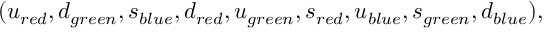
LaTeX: ( u _ { r e d } , d _ { g r e e n } , s _ { b l u e } , d _ { r e d } , u _ { g r e e n } , s _ { r e d } , u _ { b l u e } , s _ { g r e e n } , d _ { b l u e } ) ,